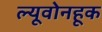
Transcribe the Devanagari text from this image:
ल्यूवोनहूक